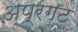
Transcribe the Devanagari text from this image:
अप्रगट